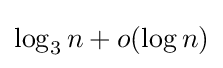
\log _{3}n+o(\log n)